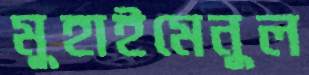
মুহাইমেনুল